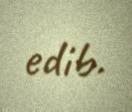
edib.